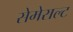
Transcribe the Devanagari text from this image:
सेमेराल्ट